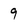
Character: 9